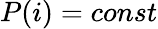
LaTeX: P(i)=const